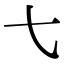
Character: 𫠠